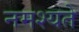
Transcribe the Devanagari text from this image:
नमश्यते